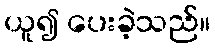
ယူ၍ ပေးခဲ့သည်။